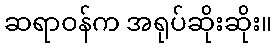
ဆရာဝန်က အရုပ်ဆိုးဆိုး။